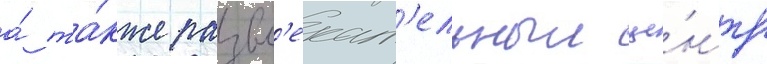
а́ та́кже развл'екат'ельныи це́нтр